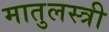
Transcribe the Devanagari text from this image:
मातुलस्त्री